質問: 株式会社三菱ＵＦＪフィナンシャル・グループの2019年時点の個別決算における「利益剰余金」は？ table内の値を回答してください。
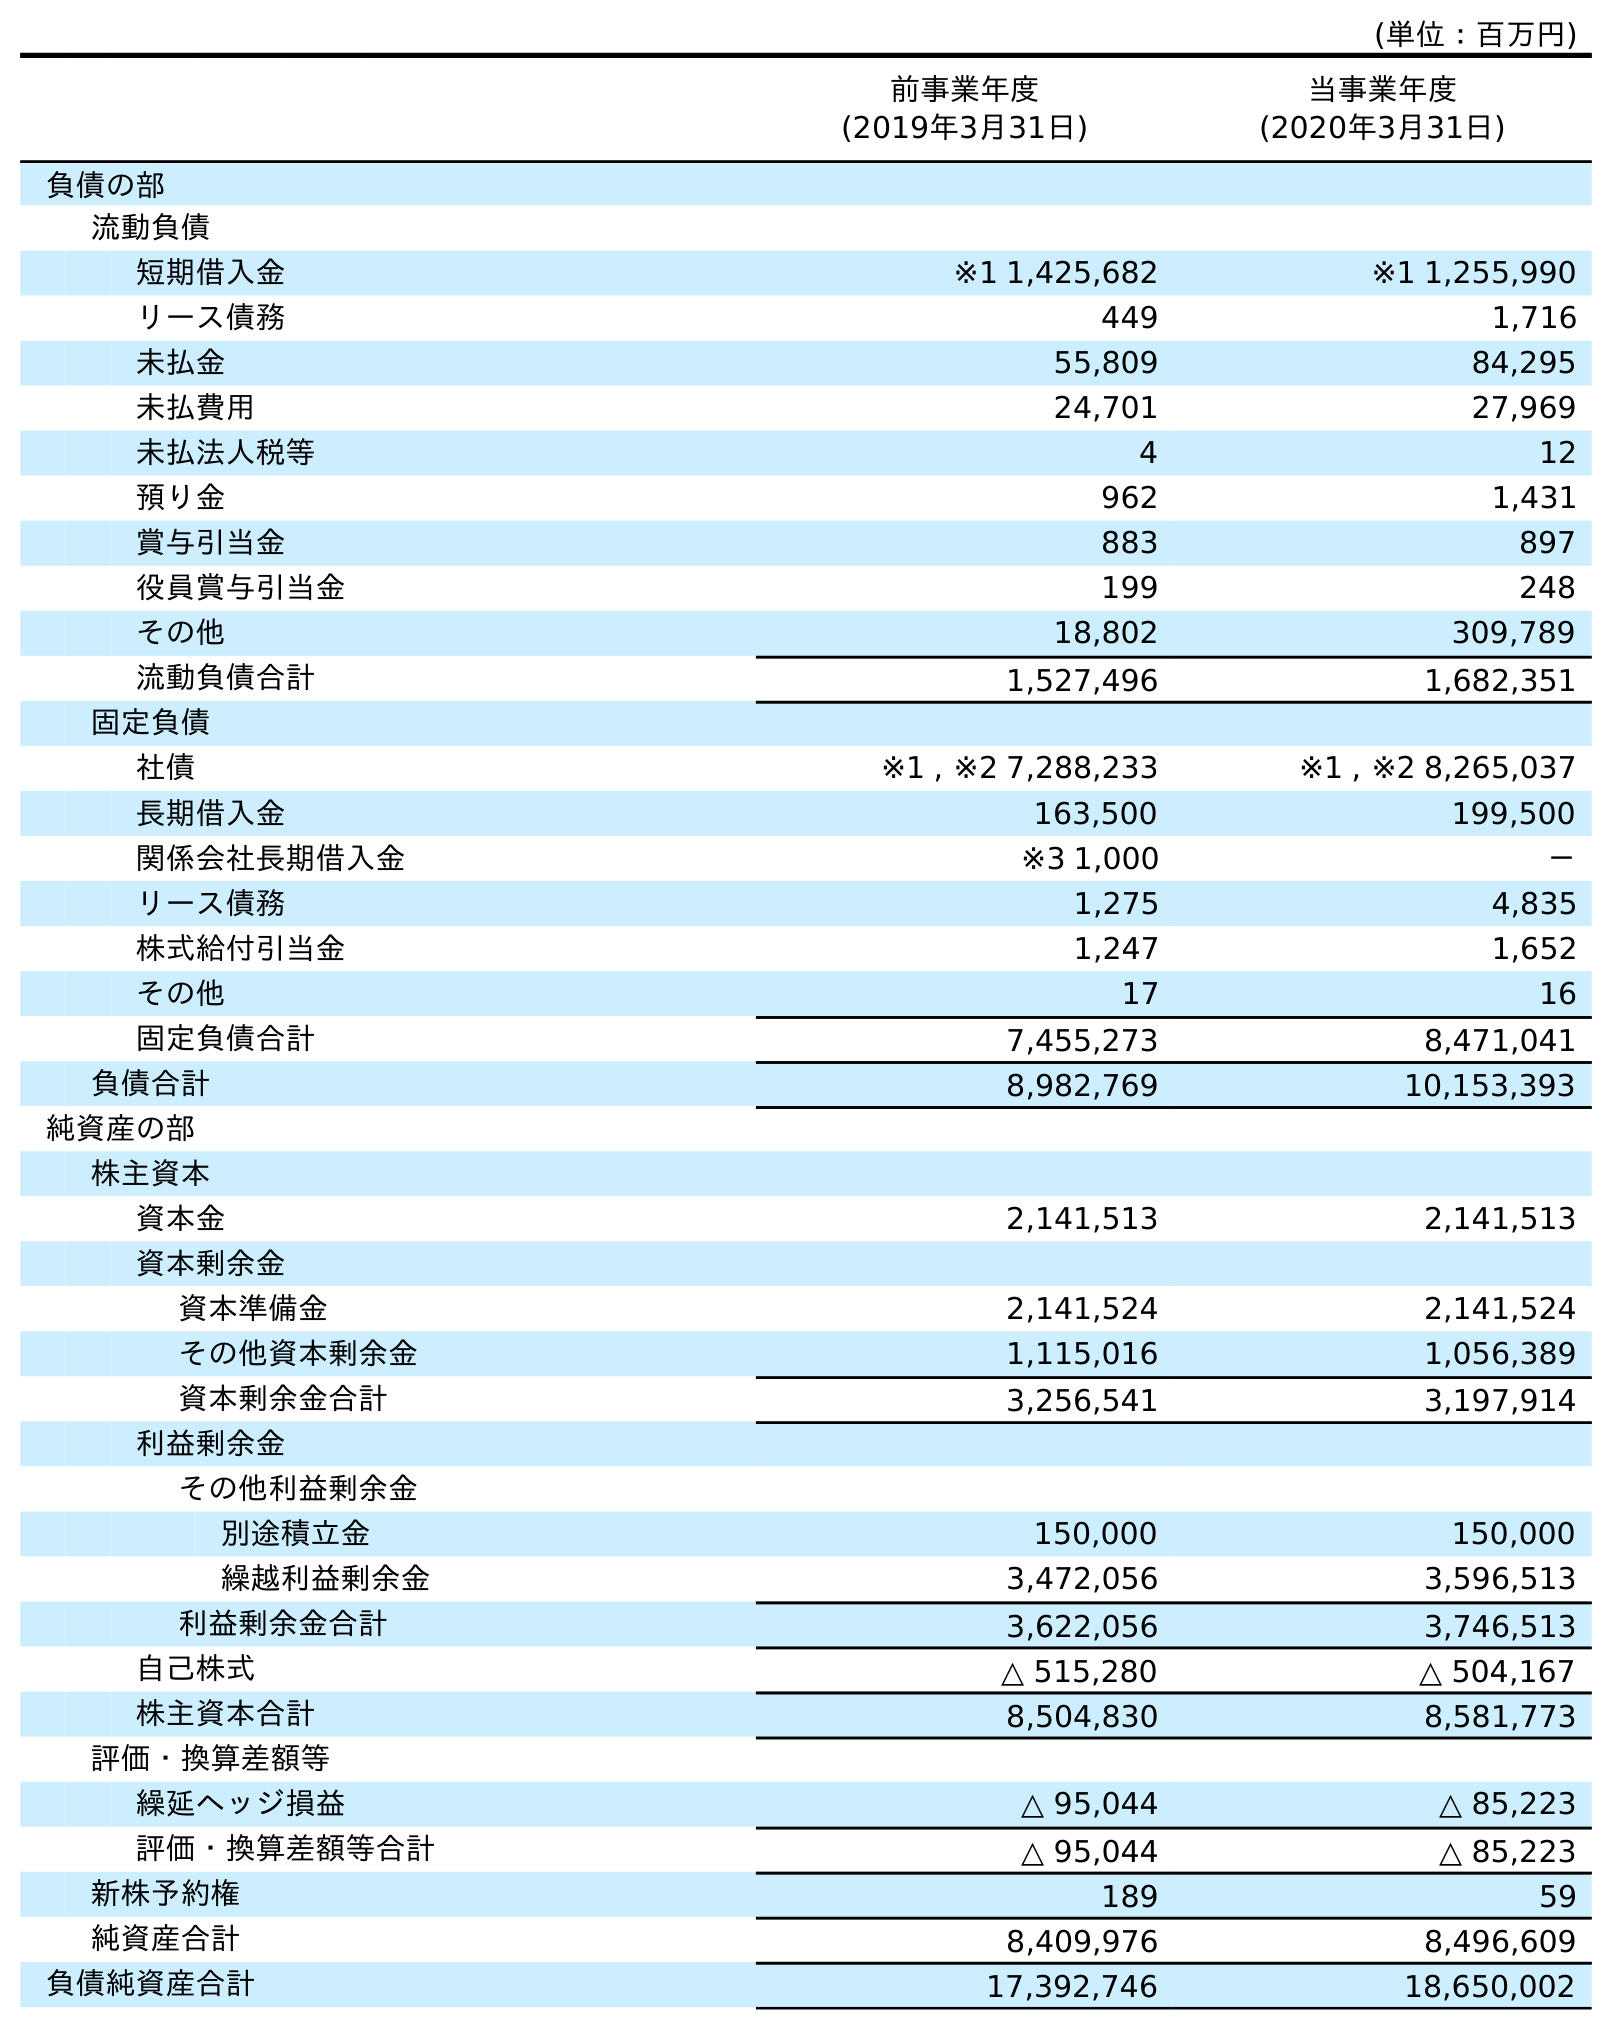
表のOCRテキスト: (単位：百万円) 前事業年度 (2019年3月31日) 当事業年度 (2020年3月31日) 負債の部 流動負債 短期借入金 ※1 1,425,682 ※1 1,255,990 リース債務 449 1,716 未払金 55,809 84,295 未払費用 24,701 27,969 未払法人税等 4 12 預り金 962 1,431 賞与引当金 883 897 役員賞与引当金 199 248 その他 18,802 309,789 流動負債合計 1,527,496 1,682,351 固定負債 社債 ※1 , ※2 7,288,233 ※1 , ※2 8,265,037 長期借入金 163,500 199,500 関係会社長期借入金 ※3 1,000 － リース債務 1,275 4,835 株式給付引当金 1,247 1,652 その他 17 16 固定負債合計 7,455,273 8,471,041 負債合計 8,982,769 10,153,393 純資産の部 株主資本 資本金 2,141,513 2,141,513 資本剰余金 資本準備金 2,141,524 2,141,524 その他資本剰余金 1,115,016 1,056,389 資本剰余金合計 3,256,541 3,197,914 利益剰余金 その他利益剰余金 別途積立金 150,000 150,000 繰越利益剰余金 3,472,056 3,596,513 利益剰余金合計 3,622,056 3,746,513 自己株式 △ 515,280 △ 504,167 株主資本合計 8,504,830 8,581,773 評価・換算差額等 繰延ヘッジ損益 △ 95,044 △ 85,223 評価・換算差額等合計 △ 95,044 △ 85,223 新株予約権 189 59 純資産合計 8,409,976 8,496,609 負債純資産合計 17,392,746 18,650,002
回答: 3,622,056